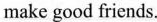
make good friends.